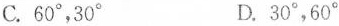
C. 60°，30° D. 30°，60°